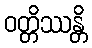
ဝတ္တိဿန္တိ